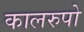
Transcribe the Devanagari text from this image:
कालरुपो